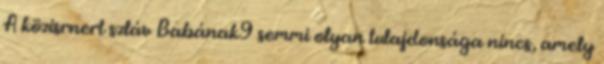
A közisrnert szláv Babának9 semmi olyan tulajdonsága nincs, amely